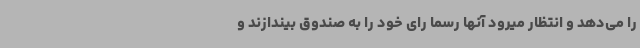
را می‌دهد و انتظار میرود آنها رسما رای خود را به صندوق بیندازند و